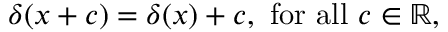
\delta ( x + c ) = \delta ( x ) + c , { \mathrm { ~ f o r ~ a l l ~ } } c \in \mathbb { R } ,